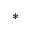
^ \ast